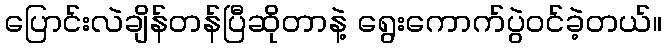
ပြောင်းလဲချိန်တန်ပြီဆိုတာနဲ့ ရွေးကောက်ပွဲဝင်ခဲ့တယ်။